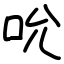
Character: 吮